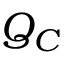
Q _ { C }